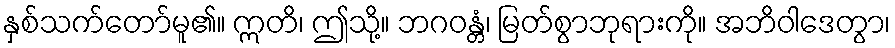
နှစ်သက်တော်မူ၏။ ဣတိ၊ ဤသို့။ ဘဂဝန္တံ၊ မြတ်စွာဘုရားကို။ အဘိဝါဒေတွာ၊